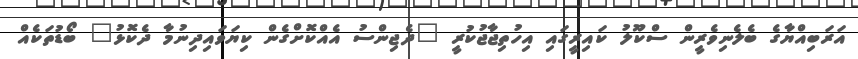
އަރަބިއްޔާގެ ބެލެނިވެރީން ސްކޫލު ކައިރީގައި އިހުތިޖާޖުކުރީ "ދެޖިންސު އެއްކޮށްގެން ކިޔަވައިދިނުމާ ދެކޮޅު" ބޯޑުތަކެއް